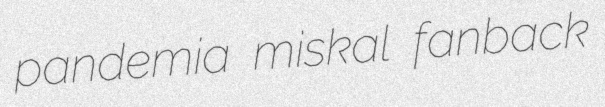
pandemia miskal fanback